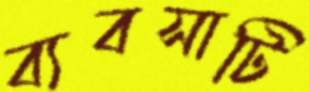
ব্যবসাটি